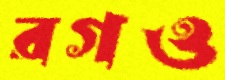
রগও